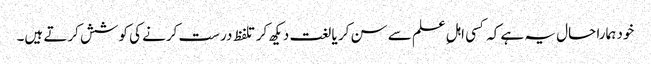
خود ہمارا حال یہ ہے کہ کسی اہلِ علم سے سن کر یا لغت دیکھ کر تلفظ درست کرنے کی کوشش کرتے ہیں۔